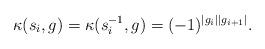
LaTeX: \begin{align*} \kappa (s_i, g)=\kappa (s_i^{-1}, g)=(-1)^{|g_i||g_{i+1}|}.\end{align*}